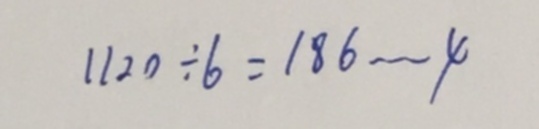
1 1 2 0 \div 6 = 1 8 6 \cdots 4